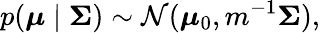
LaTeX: p({\boldsymbol{\mu}}\mid{\boldsymbol{\Sigma}})\sim{\mathcal{N}}({\boldsymbol{\mu}}_{0},m^{-1}{\boldsymbol{\Sigma}}),